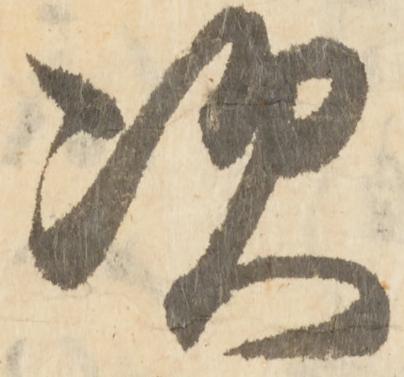
次